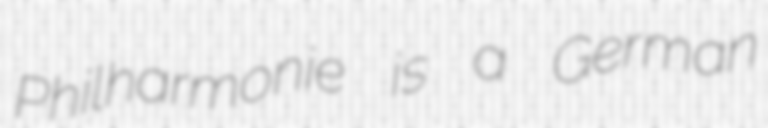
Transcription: Philharmonie is a German